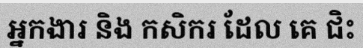
អ្នកងារ និង កសិករ ដែល គេ ជិះ